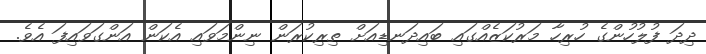
ދިދަ ފުލުހުންގެ ހުރިހާ މަރުކަޒެއްގައި ބައިދަނޑިއަށް ތިރިކުރަން ނިންމަވައި އެކަން އަންގަވައިފަ އެވެ.